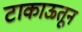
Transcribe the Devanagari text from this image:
टाकाऊतून